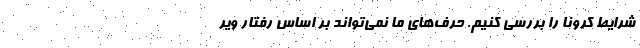
شرایط کرونا را بررسی کنیم. حرف‌های ما نمی‌تواند بر اساس رفتار ویر